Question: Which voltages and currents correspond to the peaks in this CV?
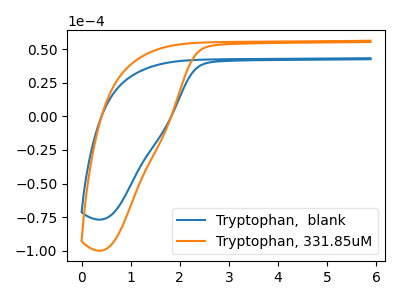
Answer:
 <answer>The blue curve "Tryptophan,  blank" has no peaks. The orange curve "Tryptophan, 331.85uM" has no peaks.</answer>
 <eval></eval>